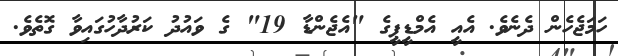
ހަމަޖެހެން ދެނެވެ. އެއީ އެމްޑީޕީގެ "އެޖެންޑާ 19" ގެ ވައުދު ކަރުދާހުގައިވާ ގޮތެވެ.